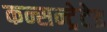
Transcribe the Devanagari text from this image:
कन्सन्ट्रेटेड